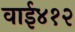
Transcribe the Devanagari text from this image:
वाई४१२